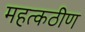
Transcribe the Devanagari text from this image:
महत्कठीण